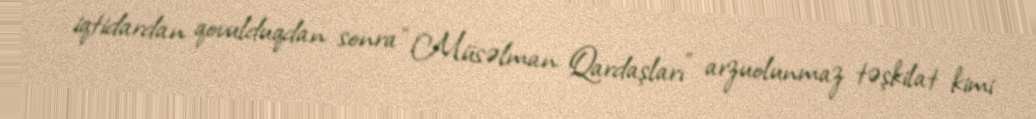
iqtidardan qovulduqdan sonra “Müsəlman Qardaşları” arzuolunmaz təşkilat kimi